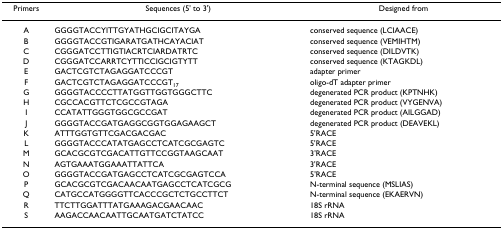
<table><thead><tr><td><b>Primers</b></td><td><b>Sequences (5&#x27; to 3&#x27;)</b></td><td><b>Designed from</b></td></tr></thead><tbody><tr><td>A</td><td>GGGGTACCYITTGYATHGCIGCITAYGA</td><td>conserved sequence (LCIAACE)</td></tr><tr><td>B</td><td>GGGGTACCGTIGARATGATHCAYACIAT</td><td>conserved sequence (VEMIHTM)</td></tr><tr><td>C</td><td>CGGGATCCTTIGTIACRTCIARDATRTC</td><td>conserved sequence (DILDVTK)</td></tr><tr><td>D</td><td>CGGGATCCARRTCYTTICCIGCIGTYTT</td><td>conserved sequence (KTAGKDL)</td></tr><tr><td>E</td><td>GACTCGTCTAGAGGATCCCGT</td><td>adapter primer</td></tr><tr><td>F</td><td>GACTCGTCTAGAGGATCCCGT<sub>17</sub></td><td>oligo-dT adapter primer</td></tr><tr><td>G</td><td>GGGGTACCCCTTATGGTTGGTGGGCTTC</td><td>degenerated PCR product (KPTNHK)</td></tr><tr><td>H</td><td>CGCCACGTTCTCGCCGTAGA</td><td>degenerated PCR product (VYGENVA)</td></tr><tr><td>I</td><td>CCATATTGGGTGGCGCCGAT</td><td>degenerated PCR product (AILGGAD)</td></tr><tr><td>J</td><td>GGGGTACCGATGAGGCGGTGGAGAAGCT</td><td>degenerated PCR product (DEAVEKL)</td></tr><tr><td>K</td><td>ATTTGGTGTTCGACGACGAC</td><td>5&#x27;RACE</td></tr><tr><td>L</td><td>GGGGTACCCATATGAGCCTCATCGCGAGTC</td><td>5&#x27;RACE</td></tr><tr><td>M</td><td>GCACGCGTCGACATTGTTCCGGTAAGCAAT</td><td>3&#x27;RACE</td></tr><tr><td>N</td><td>AGTGAAATGGAAATTATTCA</td><td>3&#x27;RACE</td></tr><tr><td>O</td><td>GGGGTACCGATGAGCCTCATCGCGAGTCCA</td><td>5&#x27;RACE</td></tr><tr><td>P</td><td>GCACGCGTCGACAACAATGAGCCTCATCGCG</td><td>N-terminal sequence (MSLIAS)</td></tr><tr><td>Q</td><td>CATGCCATGGGGTTCACCCGCTCTGCCTTCT</td><td>N-terminal sequence (EKAERVN)</td></tr><tr><td>R</td><td>TTCTTGGATTTATGAAAGACGAACAAC</td><td>18S rRNA</td></tr><tr><td>S</td><td>AAGACCAACAATTGCAATGATCTATCC</td><td>18S rRNA</td></tr></tbody></table>